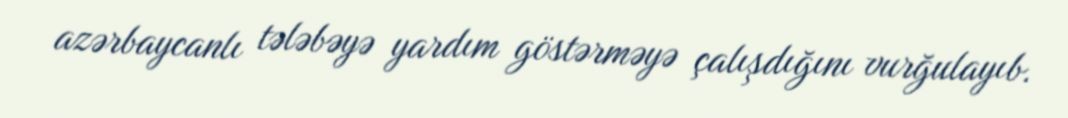
azərbaycanlı tələbəyə yardım göstərməyə çalışdığını vurğulayıb.